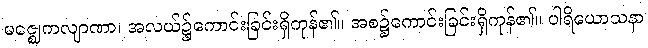
မဇ္ဈေကလျာဏာ၊ အလယ်၌ကောင်းခြင်းရှိကုန်၏။ အစ၌ကောင်းခြင်းရှိကုန်၏။ ပါရိယောသနာ